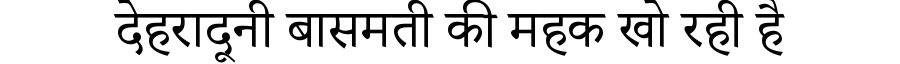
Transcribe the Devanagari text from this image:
देहरादूनी बासमती की महक खो रही है